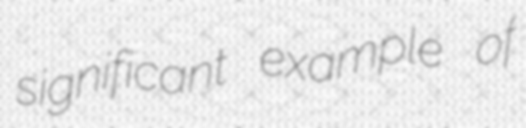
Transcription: significant example of